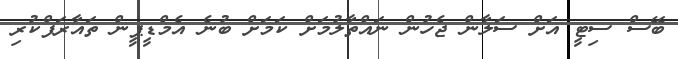
ބޭސް ސިޓީ އަށް ސަލާން ޖެހުން ނައްތާލުމަށް ކަމަށް ބުނެ އެމްޑީޕީން ތައާރަފްކުރި